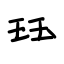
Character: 珏